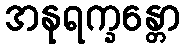
အနုရက္ခန္တော